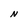
Character: N